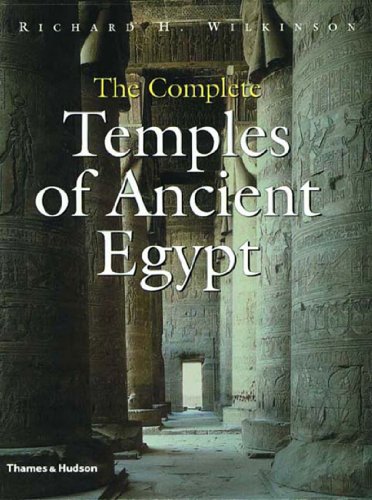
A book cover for The Complete Temples of Ancient Egypt; Richard H. Wilkinson; History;